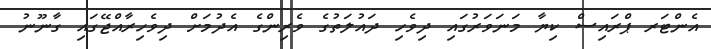
އެންޓަރ ޕްރައިސް ކިޔާ މަނަވަރުގައި ދިވެހި ދައުލަތުގެ ވެރިންގެ އެދުމަށް ދިވެހިރާއްޖޭގައި ގާނޫނު